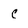
Character: C